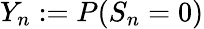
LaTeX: Y_{n}:=P(S_{n}=0)